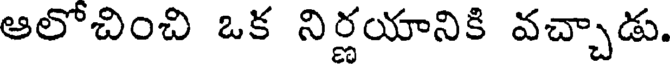
ఆలోచించి ఒక నిర్ణయానికి వచ్చాడు.